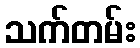
သက်တမ်း